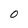
Character: 0